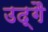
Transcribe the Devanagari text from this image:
उद्गै